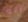
انه